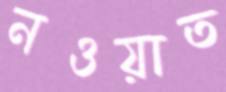
নওয়াত